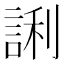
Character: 誗